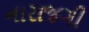
નારાજગી